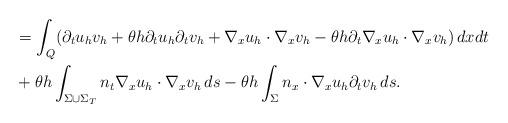
LaTeX: \begin{align*} &= \int_{Q} (\partial_{t} u_h v_h + \theta h \partial_{t} u_h \partial_{t} v_h + \nabla_x u_h \cdot \nabla_x v_h - \theta h \partial_{t} \nabla_x u_h \cdot \nabla_x v_h)\,dxdt \\ & + \theta h\int_{\Sigma \cup \Sigma_T} n_t \nabla_x u_h \cdot \nabla_x v_h\, ds - \theta h\int_{\Sigma } n_x \cdot \nabla_x u_h \partial_{t} v_h\, ds.\end{align*}